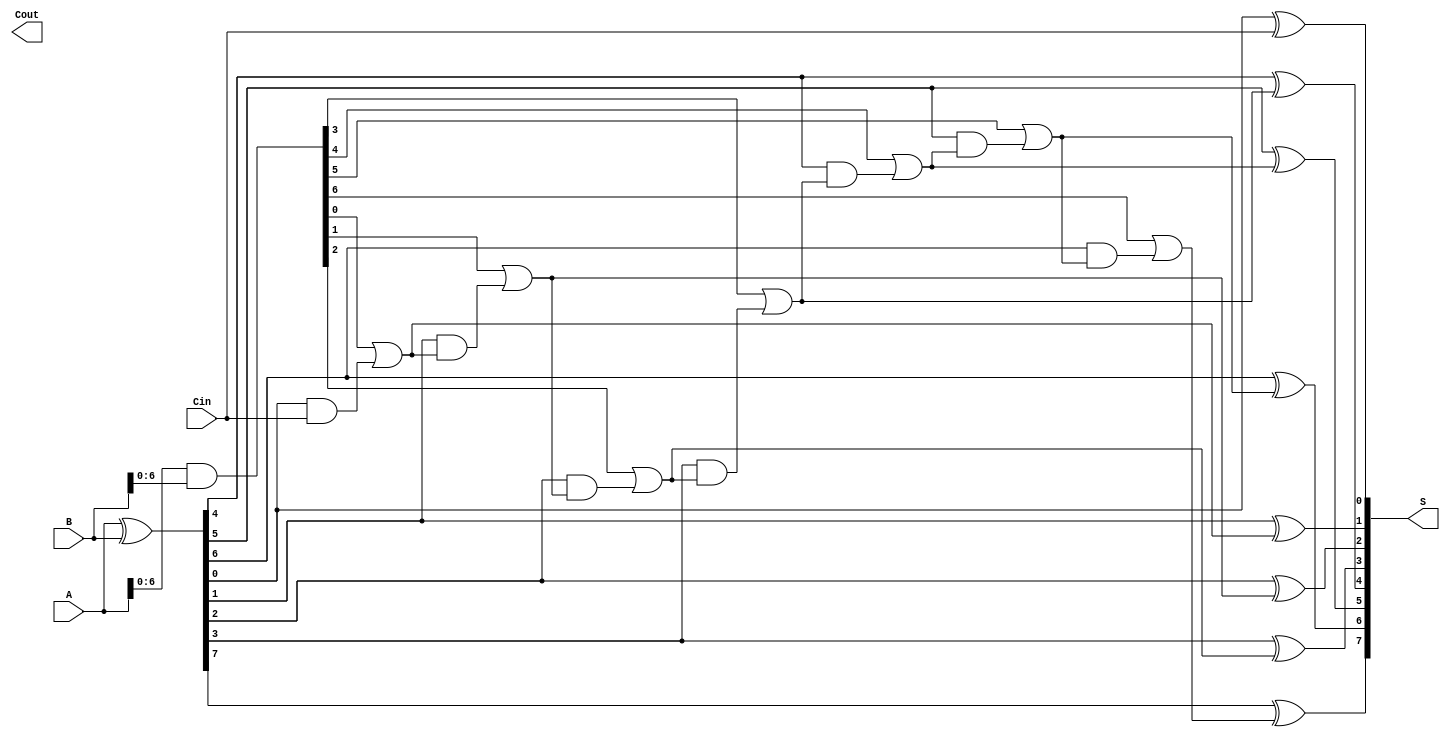
module KoggeStoneAdder #(
    parameter N = 8 // Define the width of the adder (must be a power of 2)
)(
    input  [N-1:0] A,    // First operand
    input  [N-1:0] B,    // Second operand
    input         Cin,    // Carry-in
    output [N-1:0] S,     // Sum output
    output        Cout     // Carry-out
);

    // Generate and Propagate
    wire [N-1:0] G; // Generate
    wire [N-1:0] P; // Propagate

    assign G = A & B;
    assign P = A ^ B;

    // Carry signals across levels
    wire [N:0] C; // Carry
    assign C[0] = Cin;

    // Level 1
    genvar i;
    generate
        for (i = 1; i < N; i = i + 1) begin : level1
            assign C[i] = G[i-1] | (P[i-1] & C[i-1]);
        end
    endgenerate

    // Level 2
    generate
        for (i = 2; i < N; i = i + 2) begin : level2
            assign C[i] = G[i-1] | (P[i-1] & C[i-1]);
            assign C[i+1] = G[i] | (P[i] & C[i]);
        end
    endgenerate

    // Level 3
    generate
        for (i = 4; i < N; i = i + 4) begin : level3
            assign C[i] = G[i-1] | (P[i-1] & C[i-1]);
            assign C[i+1] = G[i] | (P[i] & C[i]);
            assign C[i+2] = G[i+1] | (P[i+1] & C[i+1]);
            assign C[i+3] = G[i+2] | (P[i+2] & C[i+2]);
        end
    endgenerate

    // Final carry-out
    assign Cout = C[N];

    // Final Sum Calculation
    generate
        for (i = 0; i < N; i = i + 1) begin : sum
            assign S[i] = P[i] ^ C[i]; // Sum bit calculation
        end
    endgenerate

endmodule